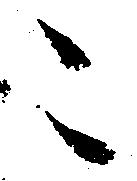
々